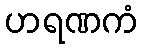
ဟရဏကံ